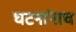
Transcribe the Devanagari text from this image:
घटनांनाच